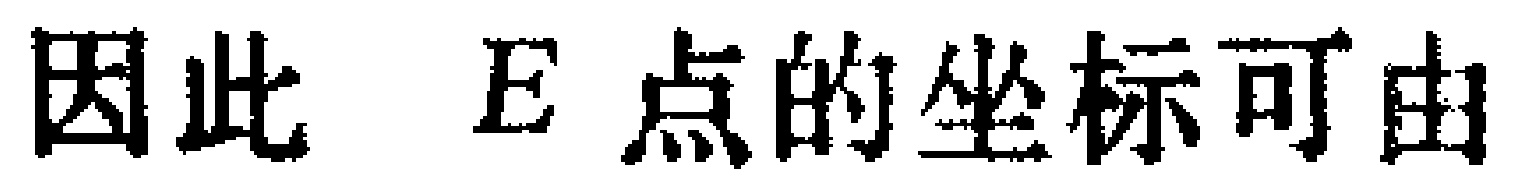
因此 \(E\) 点的坐标可由